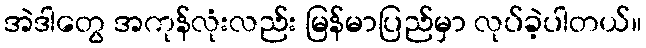
အဲဒါတွေ အကုန်လုံးလည်း မြန်မာပြည်မှာ လုပ်ခဲ့ပါတယ်။